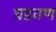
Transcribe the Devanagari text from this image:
घडवण